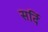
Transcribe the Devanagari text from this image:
सर्दि